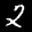
Label: 2